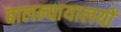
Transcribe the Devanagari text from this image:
बालन्यायालयों